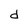
Character: d